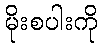
မိုးစပါးကို